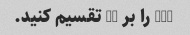
856 را بر 12 تقسیم کنید.